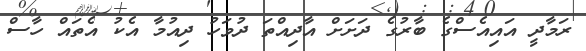
ރަމާދީ އައިއެސްގެ ބާރުގެ ދަށަށް އާދިއްތަ ދުވަހު ދިއުމާ އެކު އެތައް ހާސް